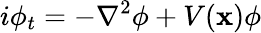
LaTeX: i\phi_{t}=-\nabla^{2}\phi+V(\mathbf{x})\phi